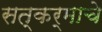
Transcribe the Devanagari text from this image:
सत्कर्माचे